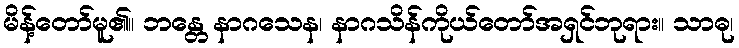
မိန့်တော်မူ၏။ ဘန္တေ နာဂသေန၊ နာဂသိန်ကိုယ်တော်အရှင်ဘုရား။ သာဓု၊